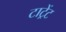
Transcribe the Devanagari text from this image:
टाट्रेंट